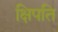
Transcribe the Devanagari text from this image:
क्षिपति